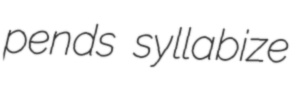
pends syllabize